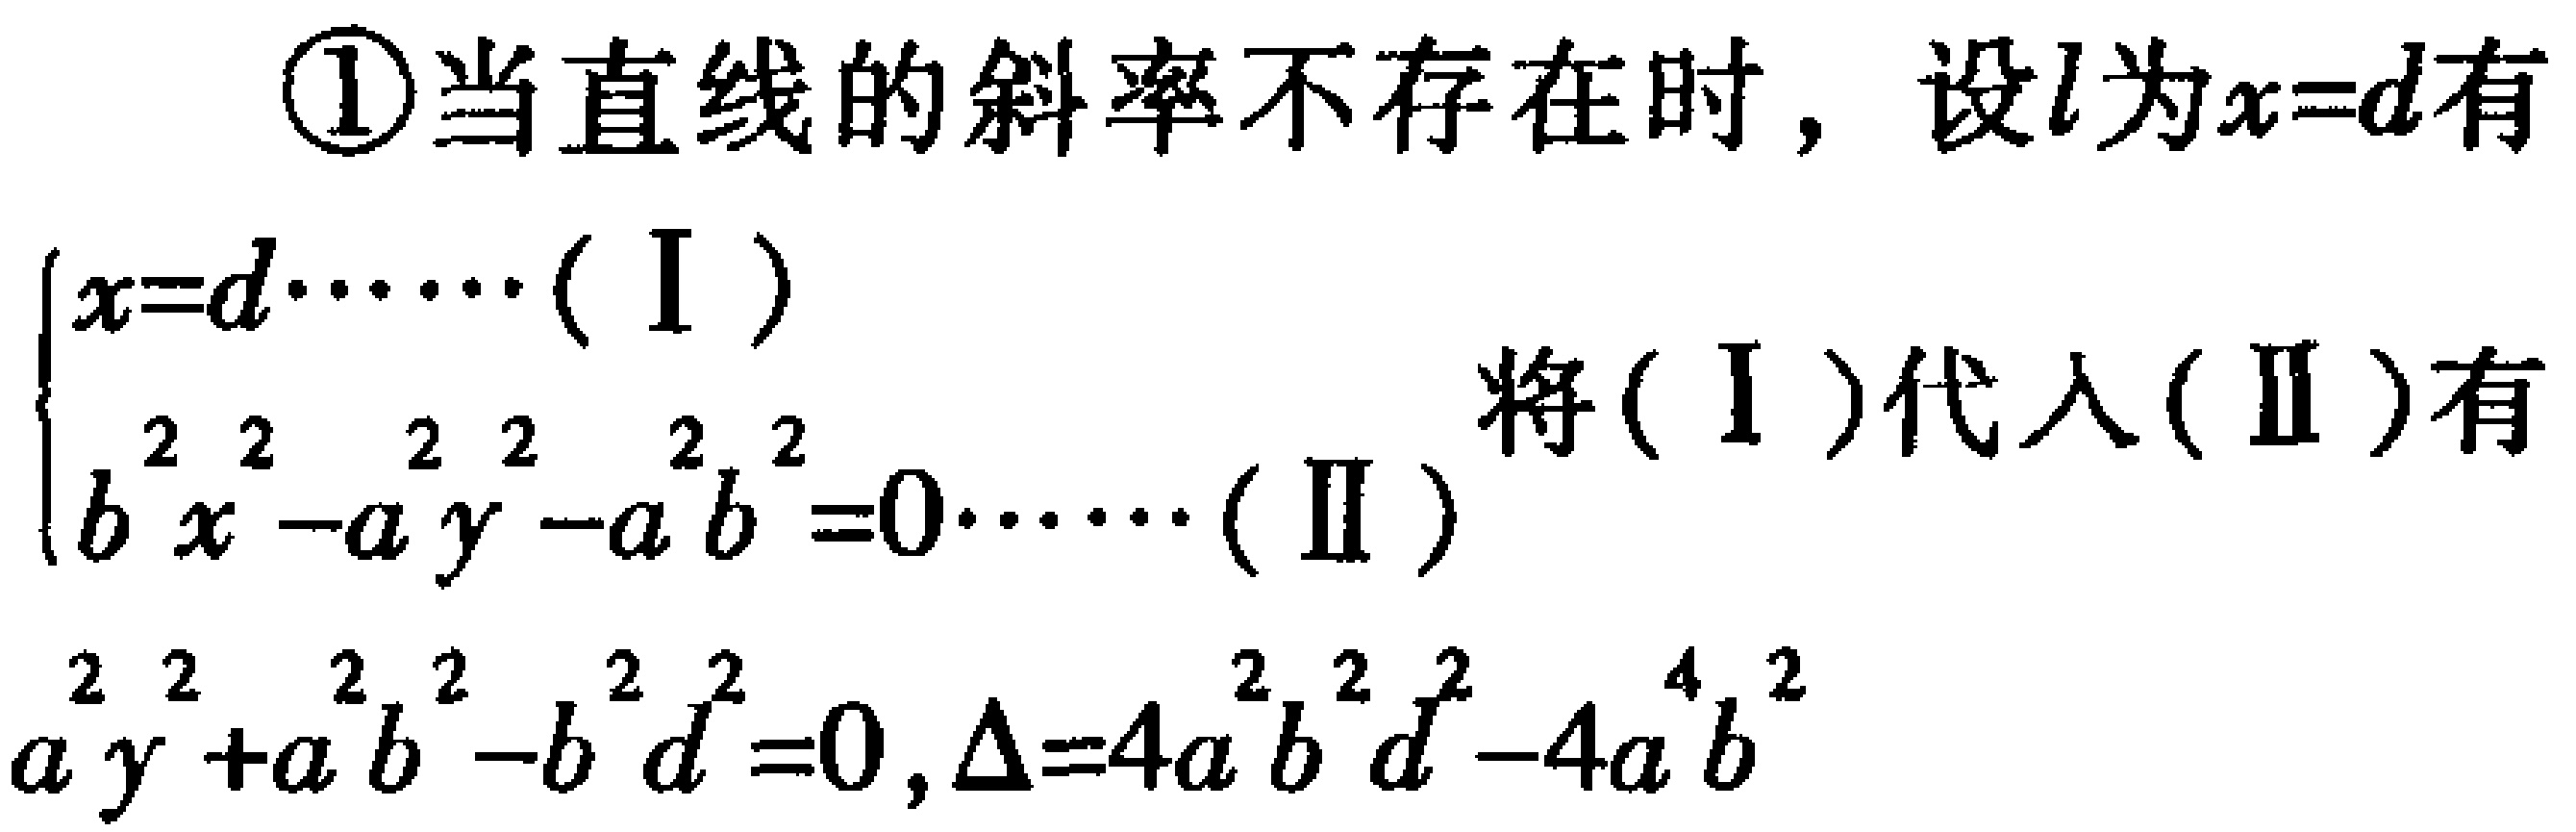
\textcircled{1}当直线的斜率不存在时，设\(l\)为\(x = d\)有
\(\begin{cases}
x = d\cdots\cdots(\text{I})\\
b^{2}x^{2}-a^{2}y^{2}-a^{2}b^{2}=0\cdots\cdots(\text{II})
\end{cases}\)
将\((\text{I})\)代入\((\text{II})\)有
\(a^{2}y^{2}+a^{2}b^{2}-b^{2}d^{2}=0,\Delta = 4a^{2}b^{2}d^{2}-4a^{4}b^{2}\)